Source: Handwritten
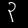
Digit: ၃ (3)